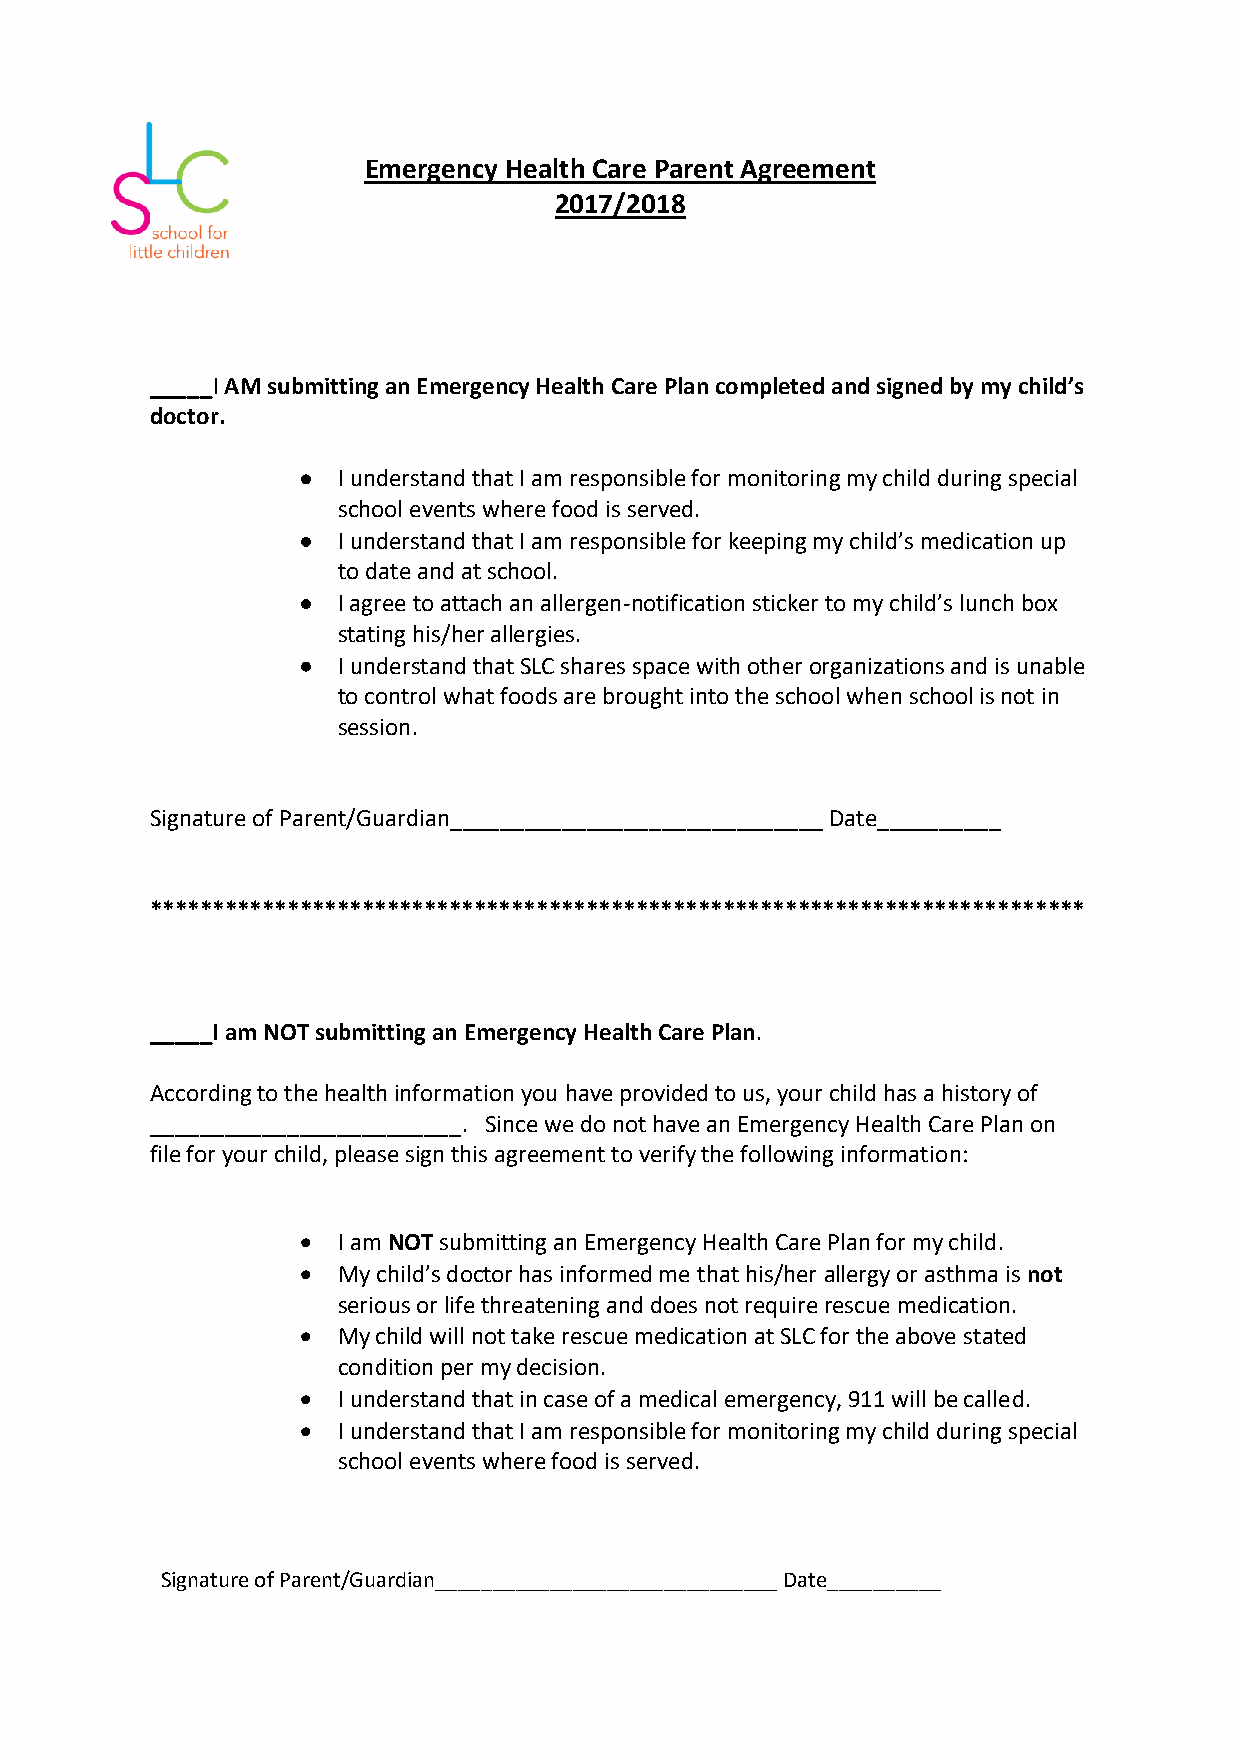
Emergency Health Care Parent Agreement
 2017/2018
 _____I AM submitting an Emergency Health Care Plan completed and signed by my child’s
 doctor.
  I understand that I am responsible for monitoring my child during special
 school events where food is served.
  I understand that I am responsible for keeping my child’s medication up
 to date and at school.
  I agree to attach an allergen-notification sticker to my child’s lunch box
 stating his/her allergies.
  I understand that SLC shares space with other organizations and is unable
 to control what foods are brought into the school when school is not in
 session.
 Signature of Parent/Guardian______________________________ Date__________
 ***************************************************************************
 _____I am NOT submitting an Emergency Health Care Plan.
 According to the health information you have provided to us, your child has a history of
 _________________________. Since we do not have an Emergency Health Care Plan on
 file for your child, please sign this agreement to verify the following information:
  I am NOT submitting an Emergency Health Care Plan for my child.
  My child’s doctor has informed me that his/her allergy or asthma is not
 serious or life threatening and does not require rescue medication.
  My child will not take rescue medication at SLC for the above stated
 condition per my decision.
  I understand that in case of a medical emergency, 911 will be called.
  I understand that I am responsible for monitoring my child during special
 school events where food is served.
 Signature of Parent/Guardian______________________________ Date__________